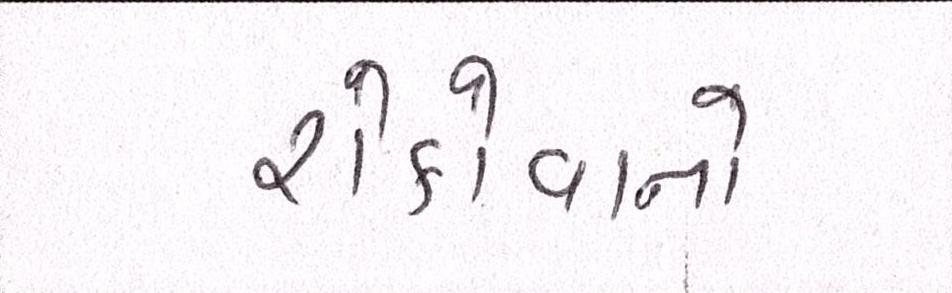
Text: રોકોવાનો